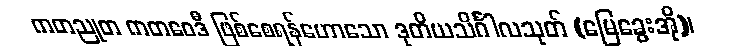
ကတညုတ ကတဝေဒီ ဖြစ်စေရန်ဟောသော ဒုတိယသိင်္ဂါလသုတ် (မြေခွေးအို)၊